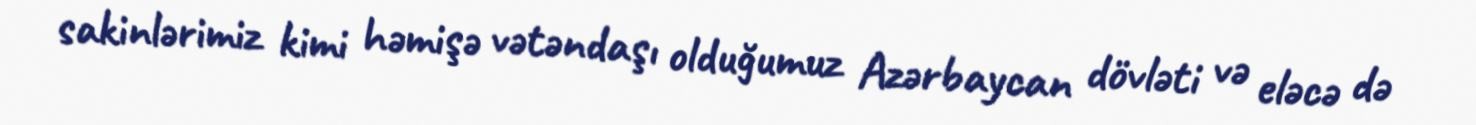
sakinlərimiz kimi həmişə vətəndaşı olduğumuz Azərbaycan dövləti və eləcə də